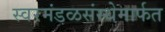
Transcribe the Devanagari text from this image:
स्वरमंडळसंस्थेमार्फत